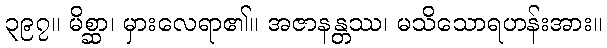
၃၉၇။ မိစ္ဆာ၊ မှားလေရာ၏။ အဇာနန္တဿ၊ မသိသောရဟန်းအား။